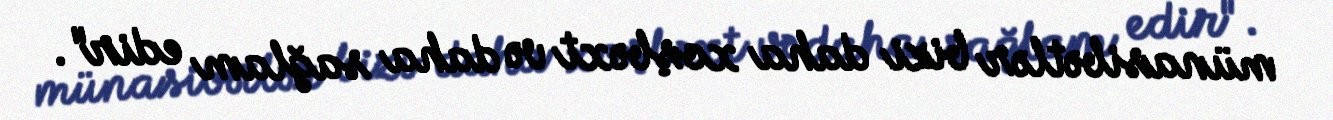
münasibətlər bizi daha xoşbəxt və daha sağlam edir".